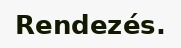
Rendezés.